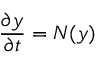
\frac { \partial y } { \partial t } = N ( y )